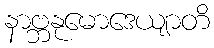
နာဗ္ဘနုမောဒေယျာတိ